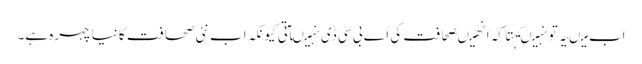
اب میںیہ تو نہیںکہتا کہ انھیںصحافت کی اے بی سی ڈی نہیںآتی کیونکہ اب نئی صحافت کا نیا چہرہ ہے۔